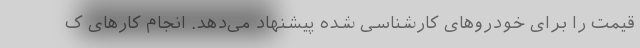
قیمت را برای خودروهای کارشناسی شده پیشنهاد می‌دهد. انجام کارهای ک